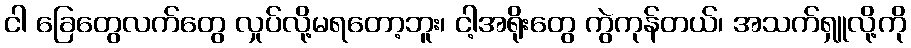
ငါ ခြေတွေလက်တွေ လှုပ်လို့မရတော့ဘူး၊ ငါ့အရိုးတွေ ကွဲကုန်တယ်၊ အသက်ရှူလို့ကို